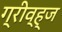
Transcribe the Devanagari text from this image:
ग्रीव्ह्‌ज